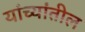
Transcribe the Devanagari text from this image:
यांच्यांतील